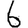
Digit: 6